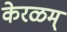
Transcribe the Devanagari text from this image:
केरळम्